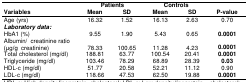
| <ROWSPAN=2> Variables | <COLSPAN=2> Patients | <COLSPAN=2> Controls | <ROWSPAN=2> P-value |
 | Mean | SD | Mean | SD |
 | --- | --- | --- | --- | --- | --- |
 | Age (yrs) | 16.32 | 1.52 | 16.13 | 2.63 | 0.70 |
 | Laboratory data: |  |  |  |  |  |
 | HbA1 (%) | 9.55 | 1.90 | 5.43 | 0.65 | 0.0001 |
 | Albumin/creatinine ratio (μg/g creatinine) | 78.33 | 100.65 | 11.28 | 4.23 | 0.0001 |
 | Total cholesterol (mg/dl) | 188.81 | 63.77 | 100.54 | 20.41 | 0.0001 |
 | Triglyceride (mg/dl) | 103.46 | 78.29 | 68.89 | 28.39 | 0.03 |
 | HDL-c (mg/dl) | 51.77 | 20.58 | 52.21 | 11.12 | 0.90 |
 | LDL-c (mg/dl) | 118.66 | 47.53 | 62.50 | 19.88 | 0.0001 |